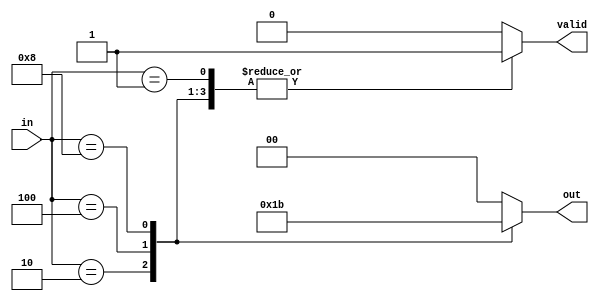
module encoder_4to2 (
    input wire [3:0] in,  // 4 input lines
    output reg [1:0] out, // 2 output lines
    output reg valid      // Indicates if a valid input is active
);

    always @(*) begin
        // Default output and valid signal
        out = 2'b00;  
        valid = 1'b0;

        case (in)
            4'b0001: begin out = 2'b00; valid = 1'b1; end // Input 0 active
            4'b0010: begin out = 2'b01; valid = 1'b1; end // Input 1 active
            4'b0100: begin out = 2'b10; valid = 1'b1; end // Input 2 active
            4'b1000: begin out = 2'b11; valid = 1'b1; end // Input 3 active
            default: begin out = 2'b00; valid = 1'b0; end // No valid input or multiple active
        endcase
    end

endmodule